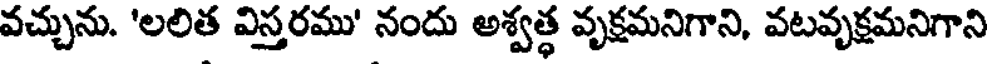
వచ్చును. 'లలిత విస్తరము' నందు అశ్వత్ధ వృక్షమనిగాని, వటవృక్షమనిగాని